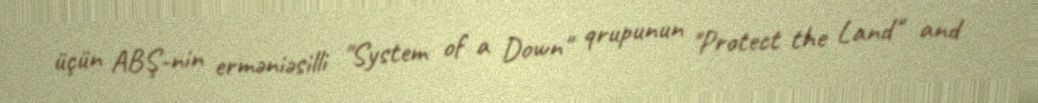
üçün ABŞ-nin erməniəsilli "System of a Down" qrupunun "Protect the Land" and